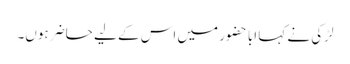
لڑکی نے کہا ابا حضور میں اس کے لیے حاضر ہوں۔